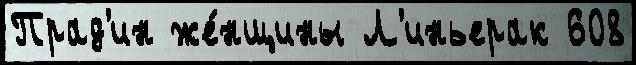
Прад'ин же́нщины Л'иньерак 608